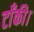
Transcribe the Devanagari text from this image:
टाँकी।